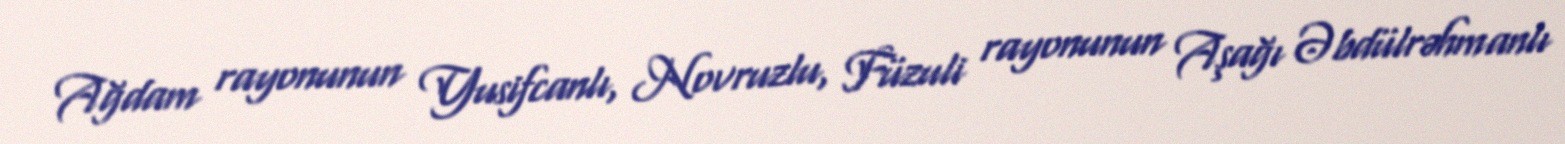
Ağdam rayonunun Yusifcanlı, Novruzlu, Füzuli rayonunun Aşağı Əbdülrəhmanlı